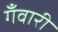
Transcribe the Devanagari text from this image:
गँवारी